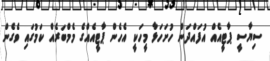
ސިޔާސީ ޕާޓީއެއް އުފައްދަން ހުށަހަޅާ މީހަކީ އެހެން ޕާޓީއެއްގެ މެމްބަރެއް ކަމުގައި ވެގެން